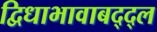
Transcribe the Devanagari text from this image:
द्विधाभावाबद्द्ल